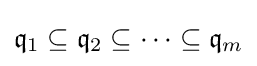
{\mathfrak {q}}_{1}\subseteq {\mathfrak {q}}_{2}\subseteq \cdots \subseteq {\mathfrak {q}}_{m}